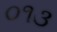
૦૧૩